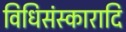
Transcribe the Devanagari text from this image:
विधिसंस्कारादि